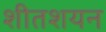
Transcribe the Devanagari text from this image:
शीतशयन